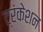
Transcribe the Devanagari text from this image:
ट्रंकेशन